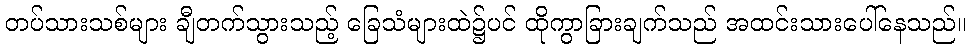
တပ်သားသစ်များ ချီတက်သွားသည့် ခြေသံများထဲ၌ပင် ထိုကွာခြားချက်သည် အထင်းသားပေါ်နေသည်။